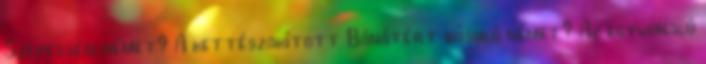
Szepességi német? A kettészakított Bánátért búsuló német? Az egyvonalú